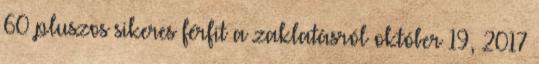
60 pluszos sikeres férfit a zaklatásról október 19, 2017